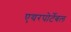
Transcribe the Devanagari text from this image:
एयरपोर्टेबल